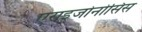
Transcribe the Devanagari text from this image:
एराइजोनोसिस